Civil Veterinary Dept. North-West Frontier Province 1933-46 - 1933-1946
Year: 1933
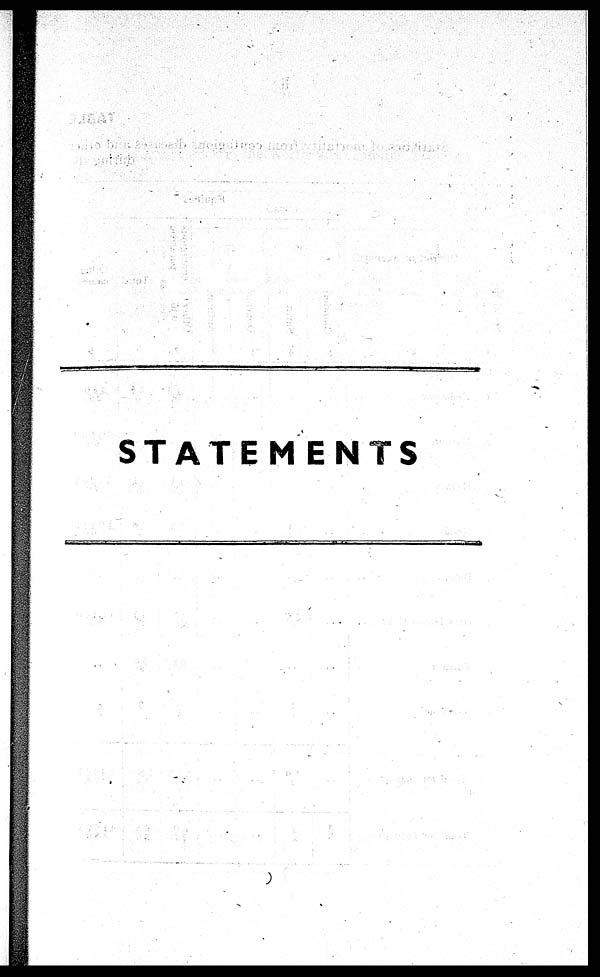
STATEMENTS